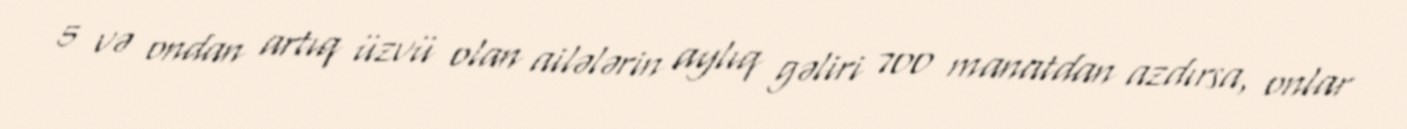
5 və ondan artıq üzvü olan ailələrin aylıq gəliri 700 manatdan azdırsa, onlar